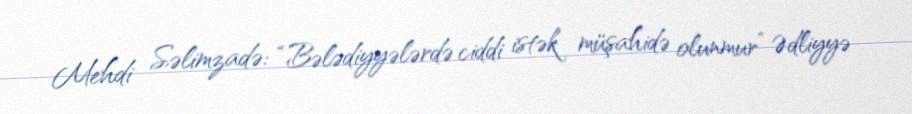
Mehdi Səlimzadə: “Bələdiyyələrdə ciddi istək müşahidə olunmur” Ədliyyə